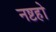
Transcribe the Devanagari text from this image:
नष्टहो